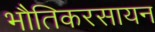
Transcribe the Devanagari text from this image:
भौतिकरसायन